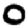
Digit: 0